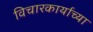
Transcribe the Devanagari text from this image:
विचारकार्याच्या